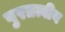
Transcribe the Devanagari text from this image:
पुरतत्वीय